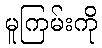
မူကြမ်းကို